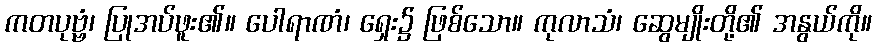
ကတပုဗ္ဗံ၊ ပြုအပ်ဖူး၏။ ပေါရာဏံ၊ ရှေး၌ ဖြစ်သော။ ကုလာသံ၊ ဆွေမျိုးတို့၏ အနွယ်ကို။